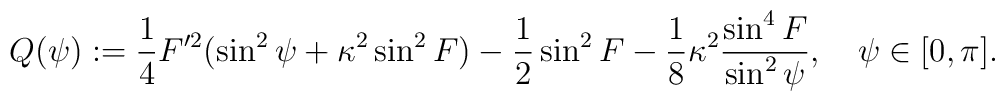
Q(\psi ):=\frac{1}{4} F'^2(\sin ^2{\psi }+ \kappa ^2 \sin^2{F})-\frac{1}{2} \sin ^2{F}-\frac{1}{8} \kappa ^2\frac{\sin^4{F}}{\sin ^2{\psi }},\quad \psi \in [0,\pi].